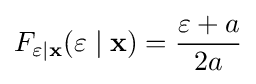
F_{\varepsilon |\mathbf {x} }(\varepsilon \mid \mathbf {x} )={\frac {\varepsilon +a}{2a}}